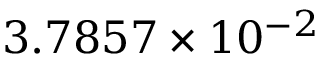
3 . 7 8 5 7 \times 1 0 ^ { - 2 }